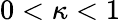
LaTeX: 0<\kappa<1